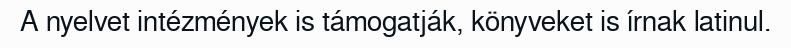
A nyelvet intézmények is támogatják, könyveket is írnak latinul.